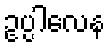
ဥပ္ပါလေန